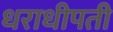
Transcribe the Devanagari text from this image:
धराधीपती